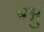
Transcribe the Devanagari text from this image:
बभ्रु